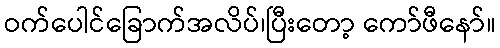
ဝက်ပေါင်ခြောက်အလိပ်၊ပြီးတော့ ကော်ဖီနော်။